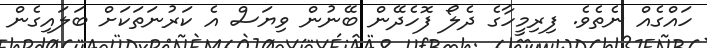
ހައްގެއް ނެތެވެ. ފިރިމީހާގެ ދެލޯ ފޮހެދޭން ބޭނުން ވިޔަސް އެ ކަރުނަތަކަށް ބަލައިގެން